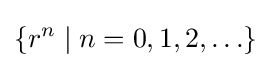
\left\{r^{n}\mid n=0,1,2,\ldots \right\}